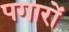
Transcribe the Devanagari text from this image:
पगारों